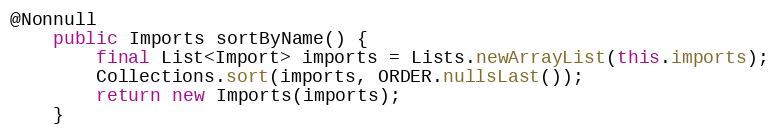
Language: Java
@Nonnull
	public Imports sortByName() {
		final List<Import> imports = Lists.newArrayList(this.imports);
		Collections.sort(imports, ORDER.nullsLast());
		return new Imports(imports);
	}